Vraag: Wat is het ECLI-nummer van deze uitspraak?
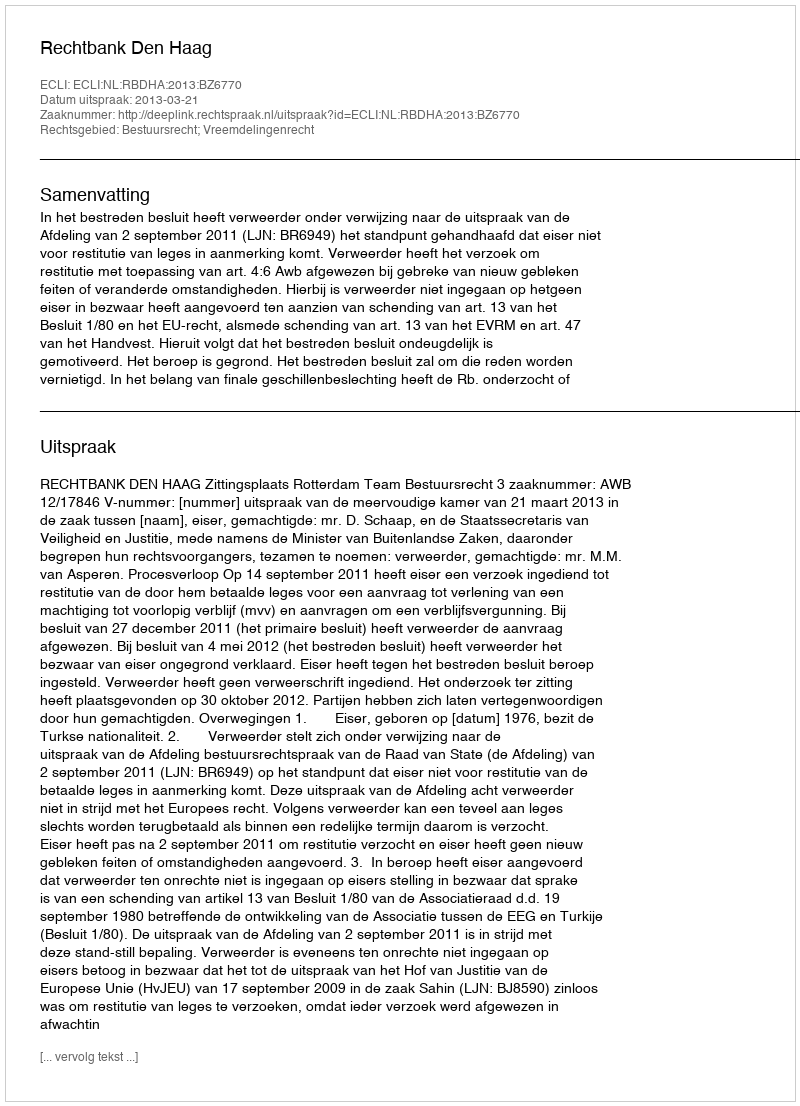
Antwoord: ECLI:NL:RBDHA:2013:BZ6770